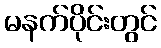
မနက်ပိုင်းတွင်